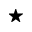
\star